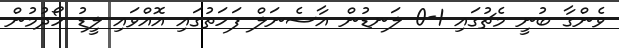
ވެންގާ ބުނީ މެޗުގައި 1-0 ލަނޑުން އާސެނަލް ފަހަތުގައި އޮއްވައި ލީޑު ހޯދުމުން